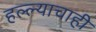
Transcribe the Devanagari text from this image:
हल्ल्याचाही